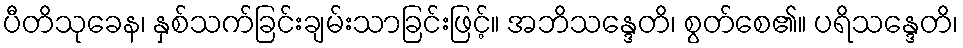
ပီတိသုခေန၊ နှစ်သက်ခြင်းချမ်းသာခြင်းဖြင့်။ အဘိသန္ဒေတိ၊ စွတ်စေ၏။ ပရိသန္ဒေတိ၊